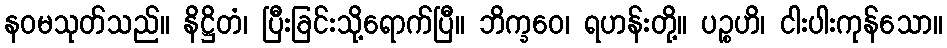
နဝမသုတ်သည်။ နိဋ္ဌိတံ၊ ပြီးခြင်းသို့ရောက်ပြီ။ ဘိက္ခဝေ၊ ရဟန်းတို့။ ပဉ္စဟိ၊ ငါးပါးကုန်သော။